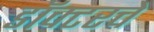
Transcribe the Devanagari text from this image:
डॉक्टरचे